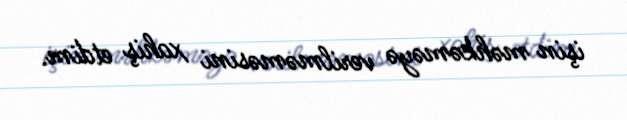
işin məhkəməyə verilməməsini xahiş etdim.